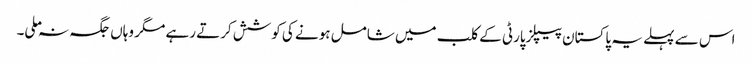
اس سے پہلے یہ پاکستان پیپلزپارٹی کے کلب میں شامل ہونے کی کوشش کرتے رہے مگر وہاں جگہ نہ ملی۔